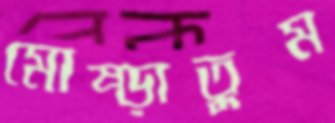
মোষ্‌ড়াতুম